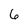
Character: 6